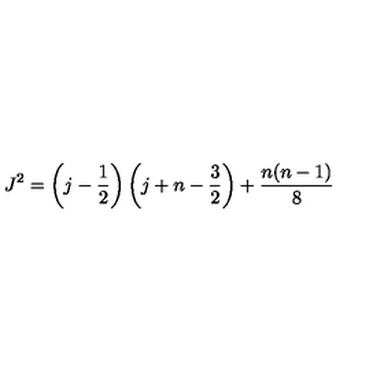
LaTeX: J ^ { 2 } = \left( j - \frac { 1 } { 2 } \right) \left( j + n - \frac { 3 } { 2 } \right) + \frac { n ( n - 1 ) } { 8 }